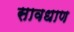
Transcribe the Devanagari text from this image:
सावधाण